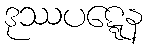
ဒုဿပဋ္ဋေန